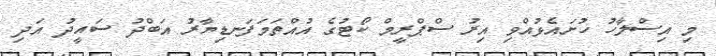
މި އިސްލާހު ހުށައެޅުއްވި އިރު ސްޕްރީމް ކޯޓުގެ އުއްތަމަފަނޑިޔާރު އަބްދު ސައީދު އަދި